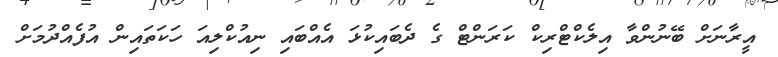
އީރާނަށް ބޭނުންވާ އިލެކްޓްރިކް ކަރަންޓް ގެ ދެބައިކުޅަ އެއްބައި ނިއުކްލިއަ ހަކަތައިން އުފެއްދުމަށް